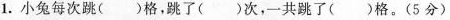
1.小兔每次跳( )格，跳了( )次，一共跳了( )格。(5分)